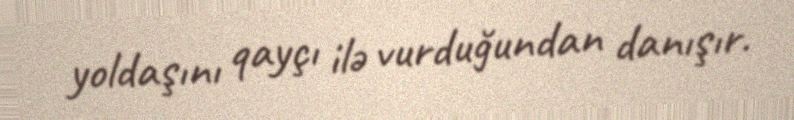
yoldaşını qayçı ilə vurduğundan danışır.